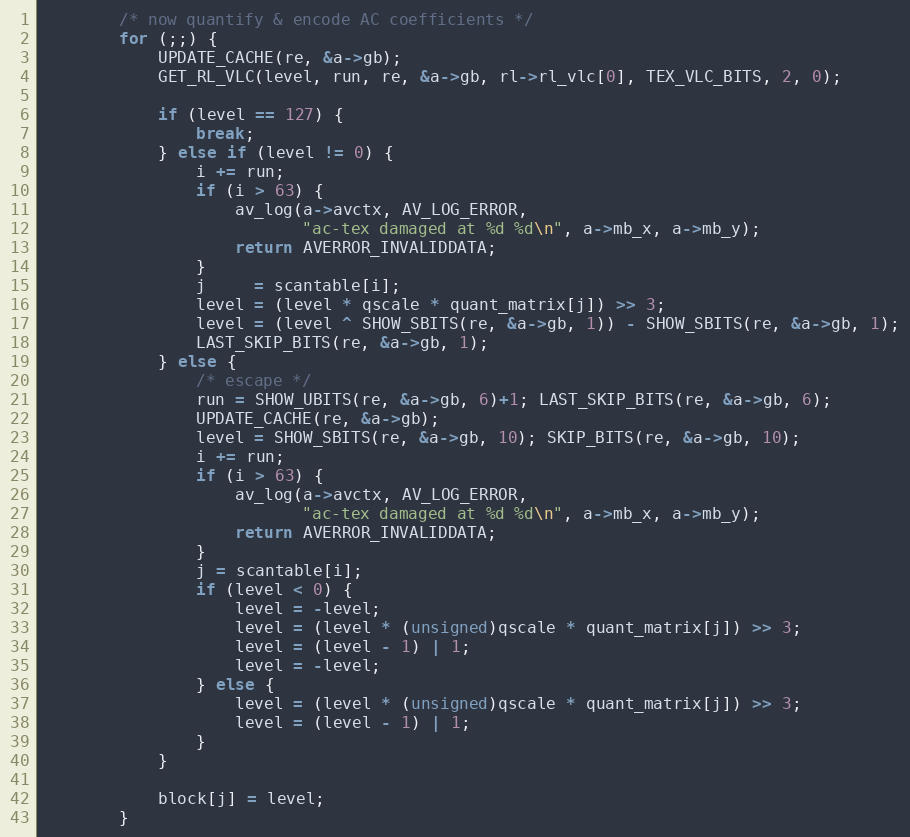
Language: C
        /* now quantify & encode AC coefficients */
        for (;;) {
            UPDATE_CACHE(re, &a->gb);
            GET_RL_VLC(level, run, re, &a->gb, rl->rl_vlc[0], TEX_VLC_BITS, 2, 0);

            if (level == 127) {
                break;
            } else if (level != 0) {
                i += run;
                if (i > 63) {
                    av_log(a->avctx, AV_LOG_ERROR,
                           "ac-tex damaged at %d %d\n", a->mb_x, a->mb_y);
                    return AVERROR_INVALIDDATA;
                }
                j     = scantable[i];
                level = (level * qscale * quant_matrix[j]) >> 3;
                level = (level ^ SHOW_SBITS(re, &a->gb, 1)) - SHOW_SBITS(re, &a->gb, 1);
                LAST_SKIP_BITS(re, &a->gb, 1);
            } else {
                /* escape */
                run = SHOW_UBITS(re, &a->gb, 6)+1; LAST_SKIP_BITS(re, &a->gb, 6);
                UPDATE_CACHE(re, &a->gb);
                level = SHOW_SBITS(re, &a->gb, 10); SKIP_BITS(re, &a->gb, 10);
                i += run;
                if (i > 63) {
                    av_log(a->avctx, AV_LOG_ERROR,
                           "ac-tex damaged at %d %d\n", a->mb_x, a->mb_y);
                    return AVERROR_INVALIDDATA;
                }
                j = scantable[i];
                if (level < 0) {
                    level = -level;
                    level = (level * (unsigned)qscale * quant_matrix[j]) >> 3;
                    level = (level - 1) | 1;
                    level = -level;
                } else {
                    level = (level * (unsigned)qscale * quant_matrix[j]) >> 3;
                    level = (level - 1) | 1;
                }
            }

            block[j] = level;
        }